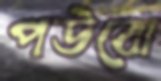
পউবো